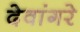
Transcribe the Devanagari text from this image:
देवांगरे